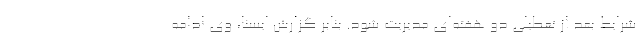
شرایط بعد از تعطیلی دو هفته‌ای مدیریت شود. بنابر گزارش ایسنا، وی ادامه